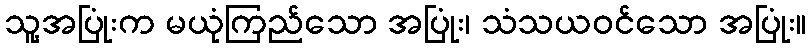
သူ့အပြုံးက မယုံကြည်သော အပြုံး၊ သံသယဝင်သော အပြုံး။